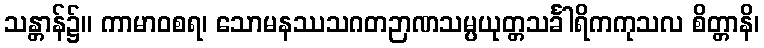
သန္တာန်၌။ ကာမာဝစရ၊ သောမနဿသဂတဉာဏသမ္ပယုတ္တသင်္ခါရိကကုသလ စိတ္တာနိ၊